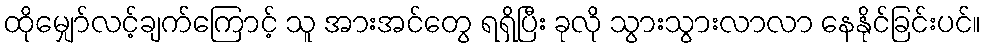
ထိုမျှော်လင့်ချက်ကြောင့် သူ အားအင်တွေ ရရှိပြီး ခုလို သွားသွားလာလာ နေနိုင်ခြင်းပင်။